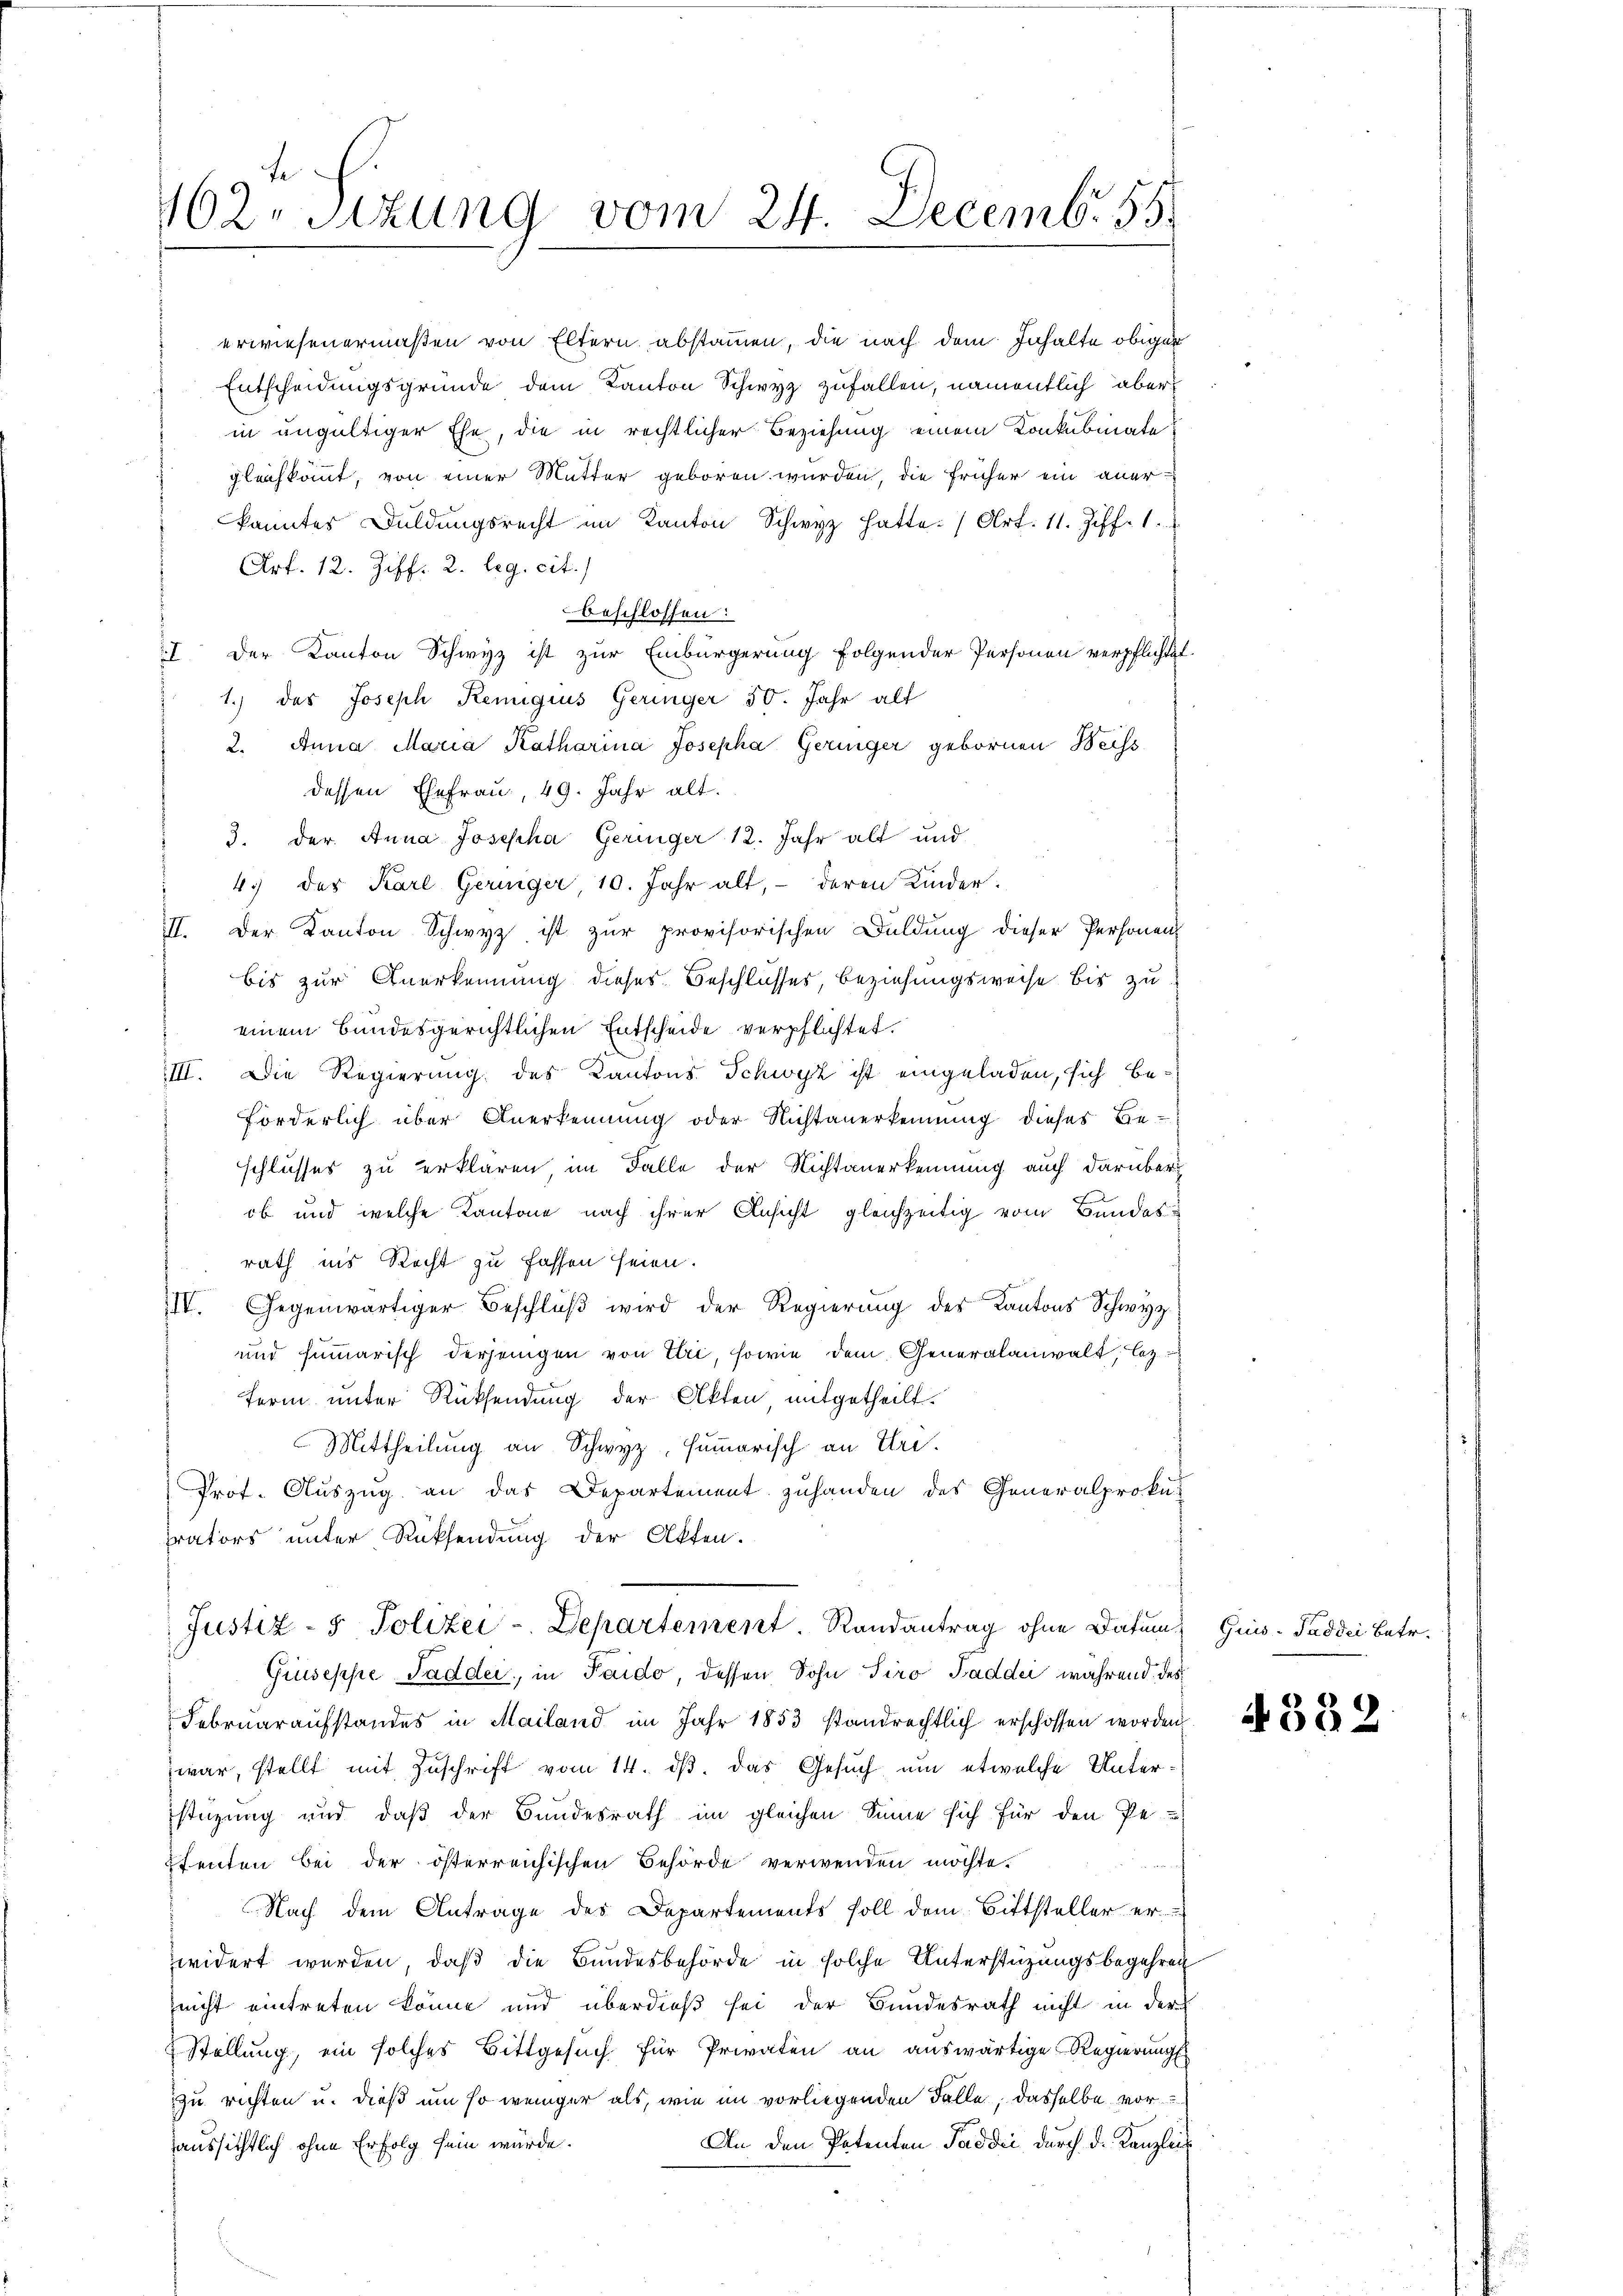
162. Sitzung vom 24. Decemb. 55

erwiesenermaßen von Eltern abstammen, die nach dem Inhalte obiger
Entscheidungsgründe dem Kanton Schwyz zufallen, namentlich aber
in ungültiger Ehe, die in rechtlicher Beziehung einem Konkubinate
gleichkommt, von einer Mutter geboren wurden, die früher ein anerkanntes Duldungsrecht im Kanton Schwyz hatte. (Art. 11. Ziff. 1.
Art. 12. Ziff. 2. leg. cit.
beschlossen:
I Der Kanton Schwyz ist zur Einbürgerung folgender Personen verpflichtet
1.) des Joseph Remigius Geringer 50. Jahr alt
2. Anna Maria Katharina Josepha Geringer gebornen Weiss
dessen Ehefrau, 49. Jahr alt.
3. der Anna Josepha Geringer 12. Jahr alt und
4.) der Karl Geringer 10. Jahr alt, deren Kinder.
III. Der Kanton Schwyz ist zur provisorischen Duldung dieser Personen
bis zur Anerkennung dieses Beschlusses, beziehungsweise bis zu
einem Bundesgerichtlichen Entscheide verpflichtet.
III. Die Regierung des Kantons Schwyz ist eingeladen, sich be¬
Forderlich über Anerkennung oder Nichtanerkennung dieses Be-
schlusses zu erklären, im Falle der Nichtanerkennung auch darüber
ob und welche Kantone nach ihrer Ansicht gleichzeitig vom Bundesrath ins Recht zu fassen seien.
IIV. Gegenwärtiger Beschluß wird der Regierung des Kantons Schwyz
und summarisch derjenigen von Ebii, sowie dem Generalanwalt, lez¬
Form unter Rücksendung der Akten mitgetheilt.
Mittheilung an Schwyz, Summarisch an Uri.
Prot. Auszug an das Departement zuhanden des Generalprokurators unter Rücksendung der Akten.
Justiz- & Polizei - Departement. Randantrag ohne Datum, Guis-Paddei betr.
Giuseppe Padder, in Paido, dessen Sohn Siro Paddei während des
Febrŭaraŭfstandes in Mailand im Jahr 1853 standrechtlich erschossen worden
zwar, stellt mit Zuschrift vom 14. ds. das Gesuch um etwelche Unterstüzung und daß der Bundesrath im gleichen Sinne sich für den Pe-
Stenten bei der österreichischen Behörde verwenden möchte.

Nach dem Antrage des Departements soll dem Bittsteller er
widert werden, daß die Bundesbehörde in solche Unterstützungsbegehren
nicht eintreten könne und überdieß sei der Bundesrath nicht in der
Stellung, ein solches Bittgesuch für Privaten an auswärtige Regierungs
zu richten u. dieß um so weniger als, wie im vorliegenden Falle, dasselbe vor
An den Patenten Paddii durch d. Kanzlei
aussichtlich ohne Erfolg sein würde.

4382